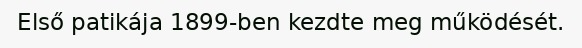
Első patikája 1899-ben kezdte meg működését.